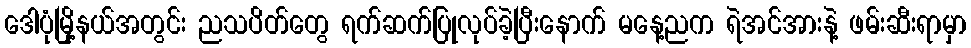
ဒေါပုံမြို့နယ်အတွင်း ညသပိတ်တွေ ရက်ဆက်ပြုလုပ်ခဲ့ပြီးနောက် မနေ့ညက ရဲအင်အားနဲ့ ဖမ်းဆီးရာမှာ